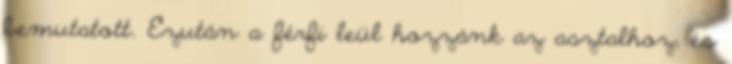
bemutatott. Ezután a férfi leül hozzánk az asztalhoz, és